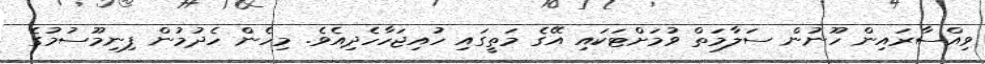
ވިއްސާރައިން ހޫނުން ސަލާމަތް ވުމަށްޓަކައި އޭގެ މަތީގައި ހުއިޖަހާހެދިއެވެ. މިހެން ހެދުމުން ފިނިމޫސުމުގެ